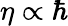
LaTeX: \eta\propto\hbar